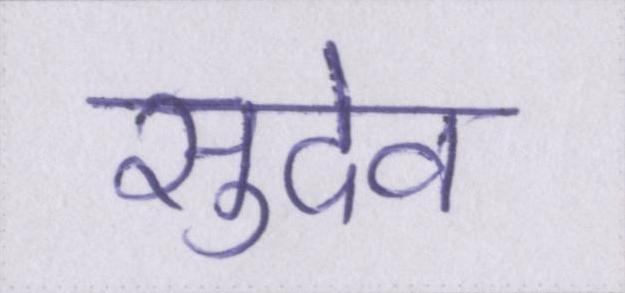
सुदेव